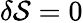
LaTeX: \delta{\cal S}=0